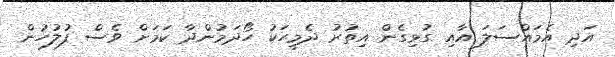
އަދި އެމައްސަލަ އާއި ގުޅިގެން އިތުރު ދެމީހަކު ހޯދަމުންދާ ކަމަށް ވެސް ފުލުހުން